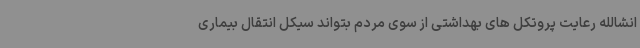
انشالله رعایت پروتکل های بهداشتی از سوی مردم بتواند سیکل انتقال بیماری